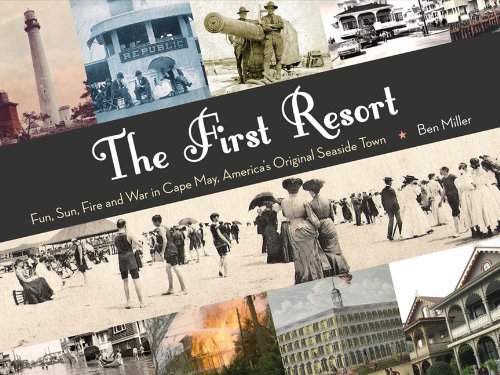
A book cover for The First Resort: Fun, Sun, Fire and War in Cape May, America's Original Seaside Town; Ben Miller; Travel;